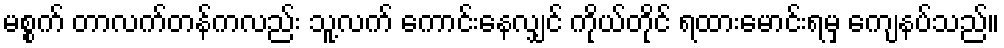
မစ္စက် တာလက်တန်ကလည်း သူ့လက် ကောင်းနေလျှင် ကိုယ်တိုင် ရထားမောင်းရမှ ကျေနပ်သည်။